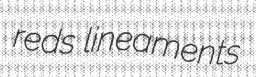
reds lineaments